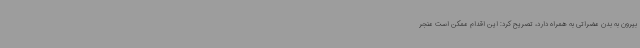
بیرون به بدن مضراتی به همراه دارد، تصریح کرد: این اقدام ممکن است منجر